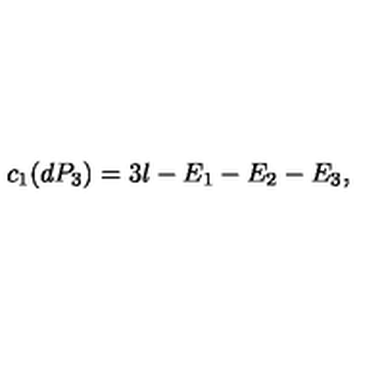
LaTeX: c _ { 1 } ( d P _ { 3 } ) = 3 l - E _ { 1 } - E _ { 2 } - E _ { 3 } ,